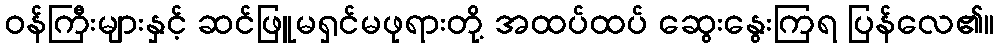
ဝန်ကြီးများနှင့် ဆင်ဖြူမရှင်မဖုရားတို့ အထပ်ထပ် ဆွေးနွေးကြရ ပြန်လေ၏။